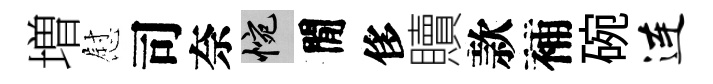
増慰司奈惋閒侈贖款補碗连